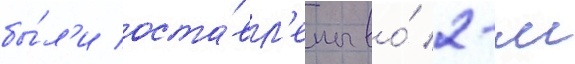
бы́л'и оста́вл'ены во́ 2-м